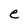
Character: e